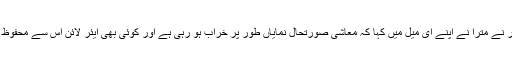
اسی تناظر نے مترا نے اپنے ای میل میں کہا کہ معاشی صورتحال نمایاں طور پر خراب ہو رہی ہے اور کوئی بھی ایئر لائن اس سے محفوظ نہیں ہے۔